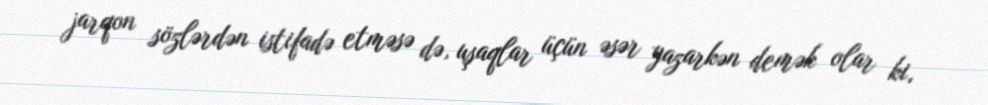
jarqon sözlərdən istifadə etməsə də, uşaqlar üçün əsər yazarkən demək olar ki,